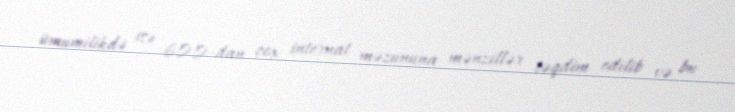
ümumilikdə isə 600-dan çox internat məzununa mənzillər təqdim edilib və bu